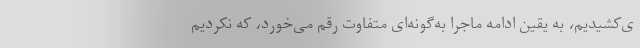
ی‌کشیدیم، به یقین ادامه ماجرا به‌گونه‌ای متفاوت رقم می‌خورد، که نکردیم